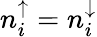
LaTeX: n_{i}^{\uparrow}=n_{i}^{\downarrow}